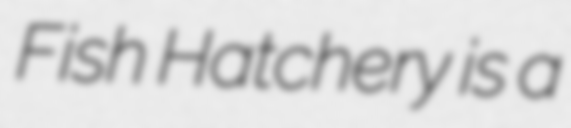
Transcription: Fish Hatchery is a